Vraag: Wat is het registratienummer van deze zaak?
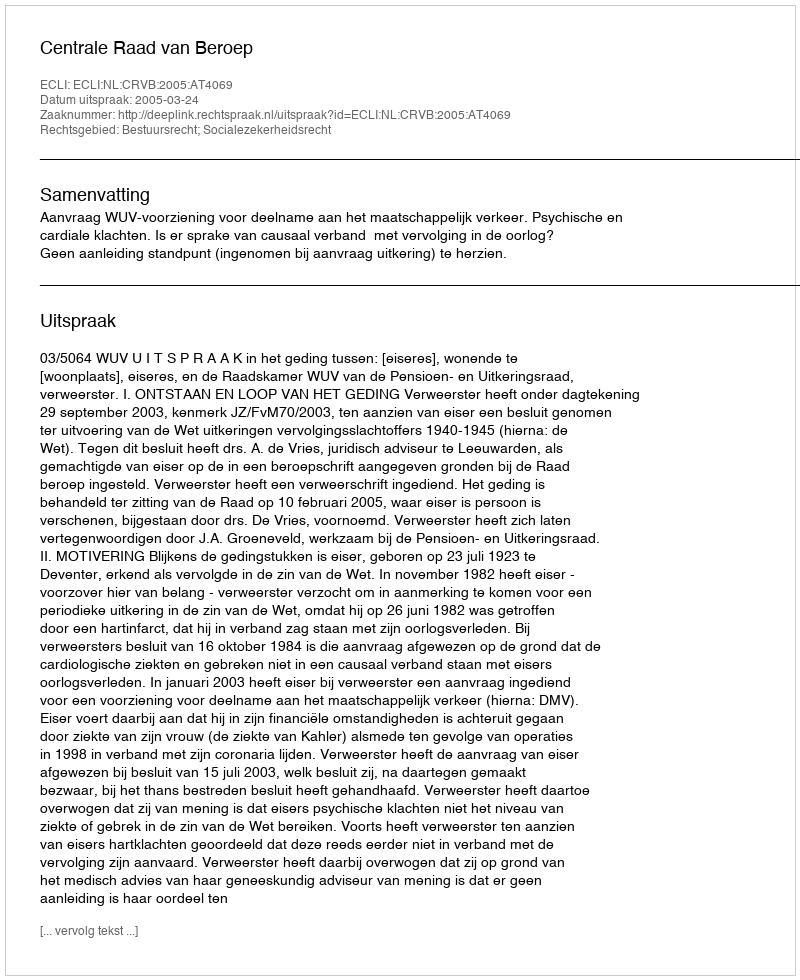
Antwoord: http://deeplink.rechtspraak.nl/uitspraak?id=ECLI:NL:CRVB:2005:AT4069